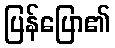
ပြန်ပြော၏